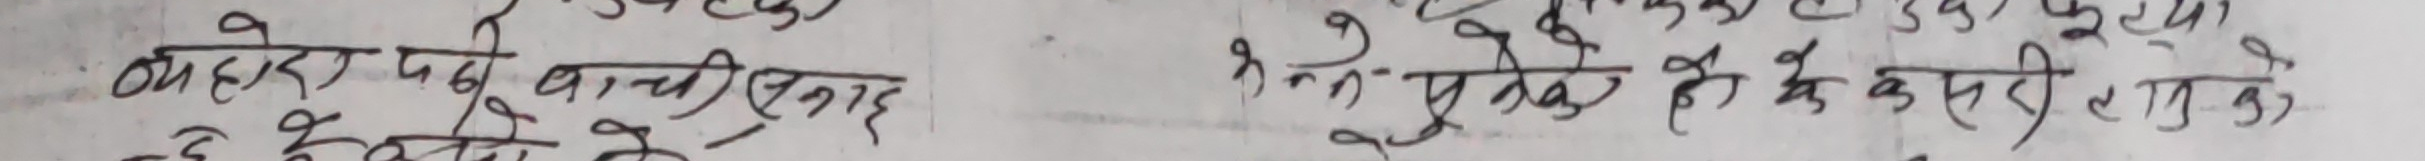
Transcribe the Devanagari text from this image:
बाहर जदै पानी एस्सार
यो केटिको के
भनी पुगदै के कसरी पुग्‍नेको